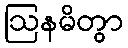
ဩနမိတွာ